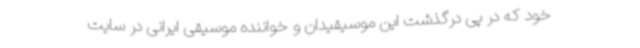
خود که در پی درگذشت این موسیقیدان و خواننده موسیقی ایرانی در سایت